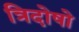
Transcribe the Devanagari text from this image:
त्रिदोषो